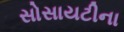
સોસાયટીના